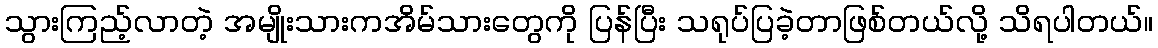
သွားကြည့်လာတဲ့ အမျိုးသားကအိမ်သားတွေကို ပြန်ပြီး သရုပ်ပြခဲ့တာဖြစ်တယ်လို့ သိရပါတယ်။